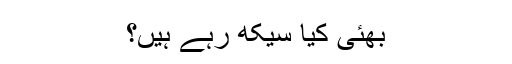
بھئی کیا سیکھ رہے ہیں؟